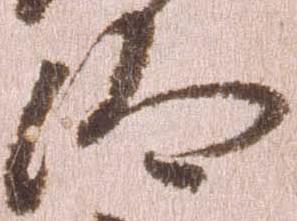
汰